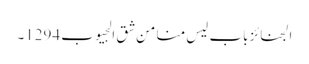
الجنائز باب لیس منا من شق الجیوب 1294۔